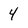
Character: 4